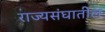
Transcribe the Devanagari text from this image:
राज्यसंघातील